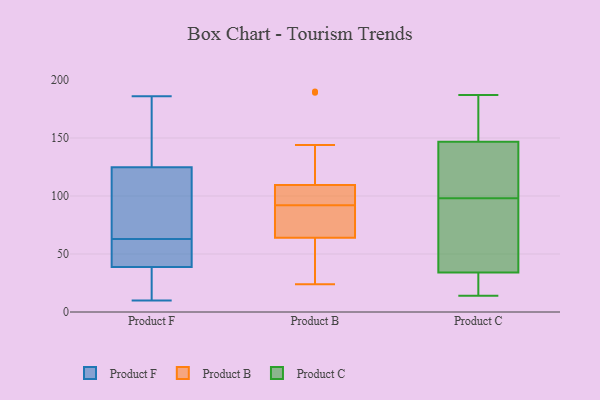
{"axis": {"x": "Headcount", "y": "Value"}, "legend": ["Product B", "Product C", "Product F"], "data": [{"x": "", "y": 100, "type": "Product F"}, {"x": "", "y": 10, "type": "Product F"}, {"x": "", "y": 46, "type": "Product F"}, {"x": "", "y": 96, "type": "Product F"}, {"x": "", "y": 41, "type": "Product F"}, {"x": "", "y": 165, "type": "Product F"}, {"x": "", "y": 49, "type": "Product F"}, {"x": "", "y": 69, "type": "Product F"}, {"x": "", "y": 133, "type": "Product F"}, {"x": "", "y": 28, "type": "Product F"}, {"x": "", "y": 140, "type": "Product F"}, {"x": "", "y": 33, "type": "Product F"}, {"x": "", "y": 38, "type": "Product F"}, {"x": "", "y": 63, "type": "Product F"}, {"x": "", "y": 186, "type": "Product F"}, {"x": "", "y": 90, "type": "Product B"}, {"x": "", "y": 67, "type": "Product B"}, {"x": "", "y": 24, "type": "Product B"}, {"x": "", "y": 93, "type": "Product B"}, {"x": "", "y": 27, "type": "Product B"}, {"x": "", "y": 83, "type": "Product B"}, {"x": "", "y": 115, "type": "Product B"}, {"x": "", "y": 97, "type": "Product B"}, {"x": "", "y": 144, "type": "Product B"}, {"x": "", "y": 91, "type": "Product B"}, {"x": "", "y": 104, "type": "Product B"}, {"x": "", "y": 189, "type": "Product B"}, {"x": "", "y": 98, "type": "Product B"}, {"x": "", "y": 61, "type": "Product B"}, {"x": "", "y": 190, "type": "Product B"}, {"x": "", "y": 45, "type": "Product B"}, {"x": "", "y": 127, "type": "Product C"}, {"x": "", "y": 34, "type": "Product C"}, {"x": "", "y": 14, "type": "Product C"}, {"x": "", "y": 40, "type": "Product C"}, {"x": "", "y": 72, "type": "Product C"}, {"x": "", "y": 23, "type": "Product C"}, {"x": "", "y": 98, "type": "Product C"}, {"x": "", "y": 22, "type": "Product C"}, {"x": "", "y": 67, "type": "Product C"}, {"x": "", "y": 34, "type": "Product C"}, {"x": "", "y": 169, "type": "Product C"}, {"x": "", "y": 123, "type": "Product C"}, {"x": "", "y": 161, "type": "Product C"}, {"x": "", "y": 142, "type": "Product C"}, {"x": "", "y": 187, "type": "Product C"}, {"x": "", "y": 125, "type": "Product C"}, {"x": "", "y": 181, "type": "Product C"}]}